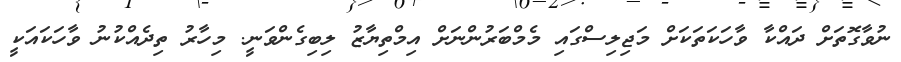
ނުވާގޮތަށް ދައްކާ ވާހަކަތަކަށް މަޖިލިސްގައި މެމްބަރުންނަށް އިމްތިޔާޒު ލިބިގެންވަނީ. މިހާރު ތިދެއްކުނު ވާހަކައަކީ